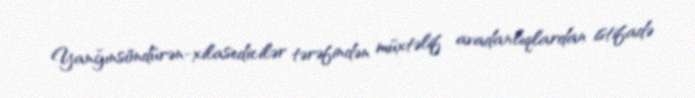
Yanğınsöndürən-xilasedicilər tərəfindən müxtəlif avadanlıqlardan istifadə